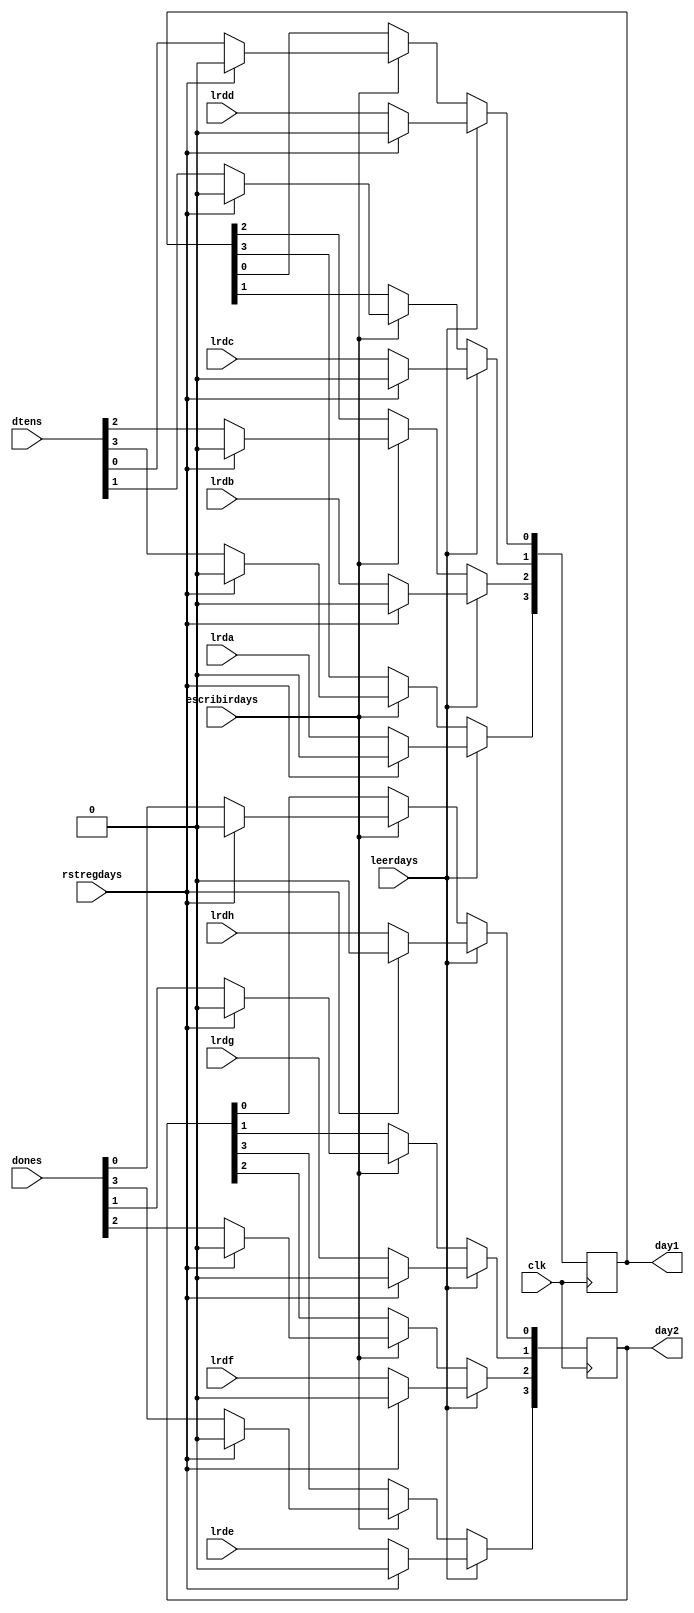
`timescale 1ns / 10ps
module regdays(
		input wire rstregdays,
		input wire clk,
		input wire leerdays, escribirdays,
		input wire lrda, lrdb, lrdc, lrdd, lrde, lrdf, lrdg, lrdh,
		input wire [3:0] dtens,
		input wire [3:0] dones,
		output reg [3:0] day1,
		output reg [3:0] day2
    );
	 
always @(posedge clk) begin
	if (leerdays) begin
		if (rstregdays) begin
			day1 <= 0;
			day2 <= 0;
		end
		else begin
			day1[3] <= lrda;
			day1[2] <= lrdb;
			day1[1] <= lrdc;
			day1[0] <= lrdd;
			day2[3] <= lrde;
			day2[2] <= lrdf;
			day2[1] <= lrdg;
			day2[0] <= lrdh;
		end
	end
	else if (escribirdays) begin
		if (rstregdays) begin
			day1 <= 0;
			day2 <= 0;
		end
		else begin
			day1 <= dtens;
			day2 <= dones;
		end
	end
end

endmodule